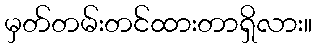
မှတ်တမ်းတင်ထားတာရှိလား။